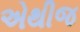
એથીજ